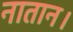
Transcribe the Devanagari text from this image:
नातान।